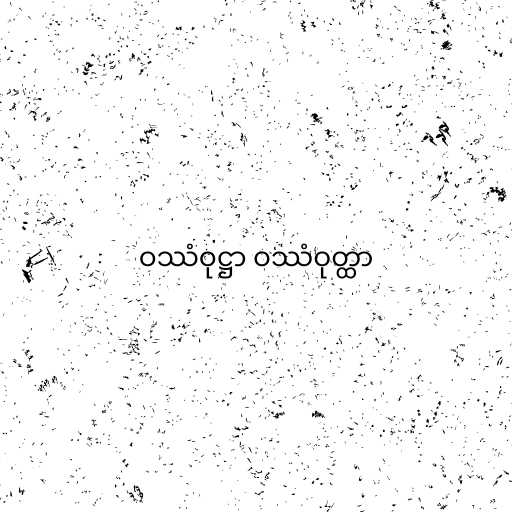
ဝဿံဝုဋ္ဌာ ဝဿံဝုတ္ထာ